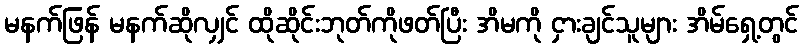
မနက်ဖြန် မနက်ဆိုလျှင် ထိုဆိုင်းဘုတ်ကိုဖတ်ပြီး အိမကို ငှားချင်သူများ အိမ်ရှေ့တွင်